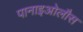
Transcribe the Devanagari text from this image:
पानाइओलौस